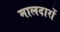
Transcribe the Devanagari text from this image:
मालदारों